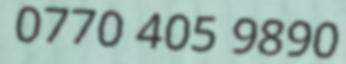
0770 405 9890